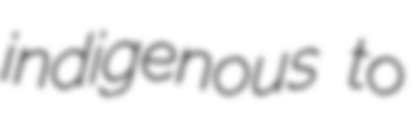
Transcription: indigenous to